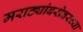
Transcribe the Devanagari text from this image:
मराठ्यांबरोबरच्या